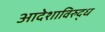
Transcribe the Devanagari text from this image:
आदेशाविरुद्ध